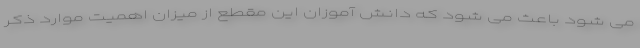
می شود باعث می شود که دانش آموزان این مقطع از میزان اهمیت موارد ذکر